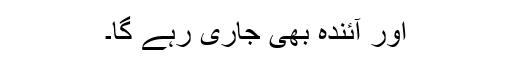
اور آئندہ بھی جاری رہے گا۔